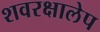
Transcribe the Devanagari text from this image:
शवरक्षालेप